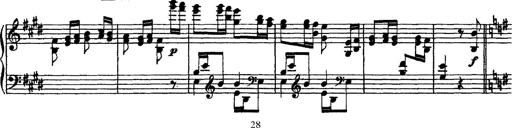
Title: Grandes Ã©tudes de Paganini
Composer: Franz Liszt